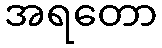
အရတော